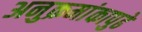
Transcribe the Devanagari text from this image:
अनुक्रमांकापुढे